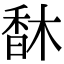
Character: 𩠽